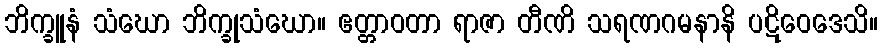
ဘိက္ခူနံ သံဃော ဘိက္ခုသံဃော။ ဧတ္တာဝတာ ရာဇာ တီဏိ သရဏဂမနာနိ ပဋိဝေဒေသိ။